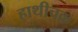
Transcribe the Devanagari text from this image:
हाथीचक्र